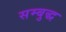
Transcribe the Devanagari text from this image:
सम्बुद्ध